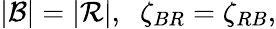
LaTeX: |{\cal B}|=|{\cal R}|,\; \; \zeta_{BR}=\zeta_{RB},